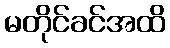
မတိုင်ခင်အထိ